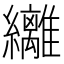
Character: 𮉞